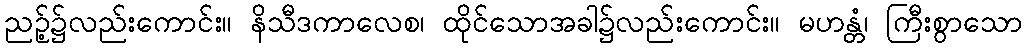
ညဉ့်၌လည်းကောင်း။ နိသီဒကာလေစ၊ ထိုင်သောအခါ၌လည်းကောင်း။ မဟန္တံ၊ ကြီးစွာသော